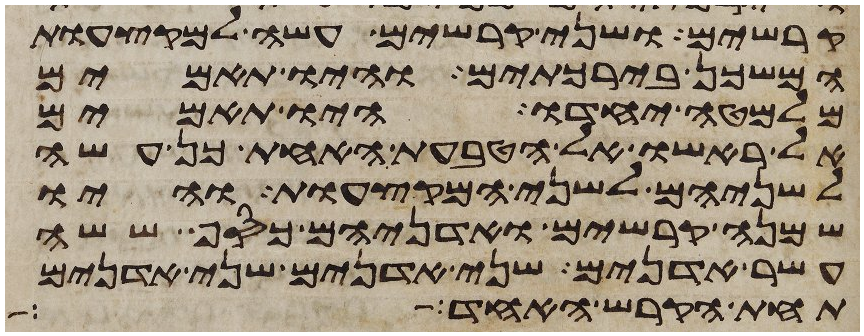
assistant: קרשים ושני קרשים עשה למקצעות
המשכן בירכתים והיו תאמים
מלמטה יחדו היו תאמים
אל ראשו אל הטבעת האחת כן עשה
לשניהם לשני המקצעות והיו
שמנה קרשים ואדניהם כסף ששה
עשר אדנים שני אדנים שני אדנים
תחת הקרש האחד